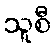
သူစီ